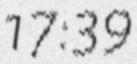
17:39